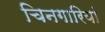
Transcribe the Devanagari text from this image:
चिनगारियां